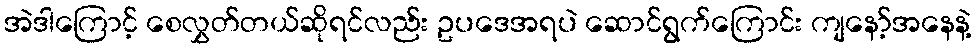
အဲဒါကြောင့် စေလွှတ်တယ်ဆိုရင်လည်း ဥပဒေအရပဲ ဆောင်ရွက်ကြောင်း ကျနော့်အနေနဲ့